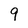
Character: 9